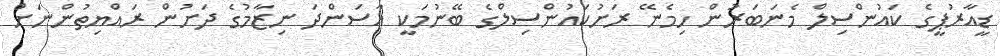
ޑީއާރުޕީގެ ކައުންސިލް މެނަބަރުން ހިމެނޭ ރަށުކައުންސިލްގެ ބޭނުމަކީ އާސަންދަ ނިޒާމުގެ ދަށުން ރައްޔިތުންނަށް